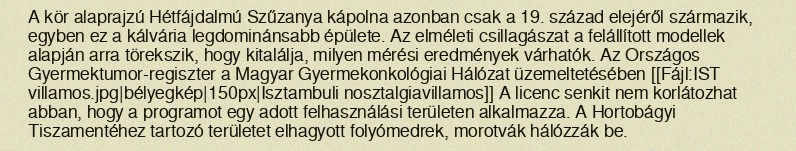
A kör alaprajzú Hétfájdalmú Szűzanya kápolna azonban csak a 19. század elejéről származik, egyben ez a kálvária legdominánsabb épülete. Az elméleti csillagászat a felállított modellek alapján arra törekszik, hogy kitalálja, milyen mérési eredmények várhatók. Az Országos Gyermektumor-regiszter a Magyar Gyermekonkológiai Hálózat üzemeltetésében [[Fájl:IST villamos.jpg|bélyegkép|150px|Isztambuli nosztalgiavillamos]] A licenc senkit nem korlátozhat abban, hogy a programot egy adott felhasználási területen alkalmazza. A Hortobágyi Tiszamentéhez tartozó területet elhagyott folyómedrek, morotvák hálózzák be.